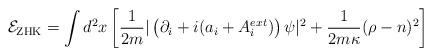
LaTeX: \begin{align*}{\cal E}_{\rm ZHK}=\int d^2x\left[\frac{1}{2m}|\left(\partial_i+i(a_i+A_i^{ext})\right)\psi|^2 +{1\over 2m\kappa}(\rho-n)^2\right]\end{align*}